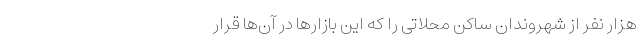
هزار نفر از شهروندان ساکن محلاتی را که این بازارها در آن‌ها قرار